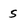
Character: 5